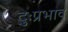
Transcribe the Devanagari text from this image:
दुःप्रभाव